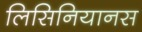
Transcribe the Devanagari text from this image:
लिसिनियानस